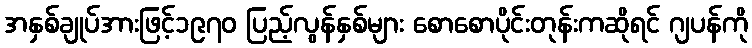
အနှစ်ချုပ်အားဖြင့်၁၉၇၀ ပြည့်လွန်နှစ်များ စောစောပိုင်းတုန်းကဆိုရင် ဂျပန်ကို